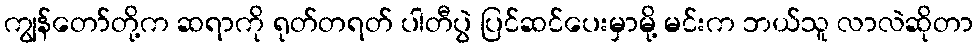
ကျွန်တော်တို့က ဆရာကို ရုတ်တရတ် ပါတီပွဲ ပြင်ဆင်ပေးမှာမို့ မင်းက ဘယ်သူ လာလဲဆိုတာ